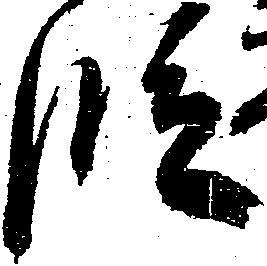
段